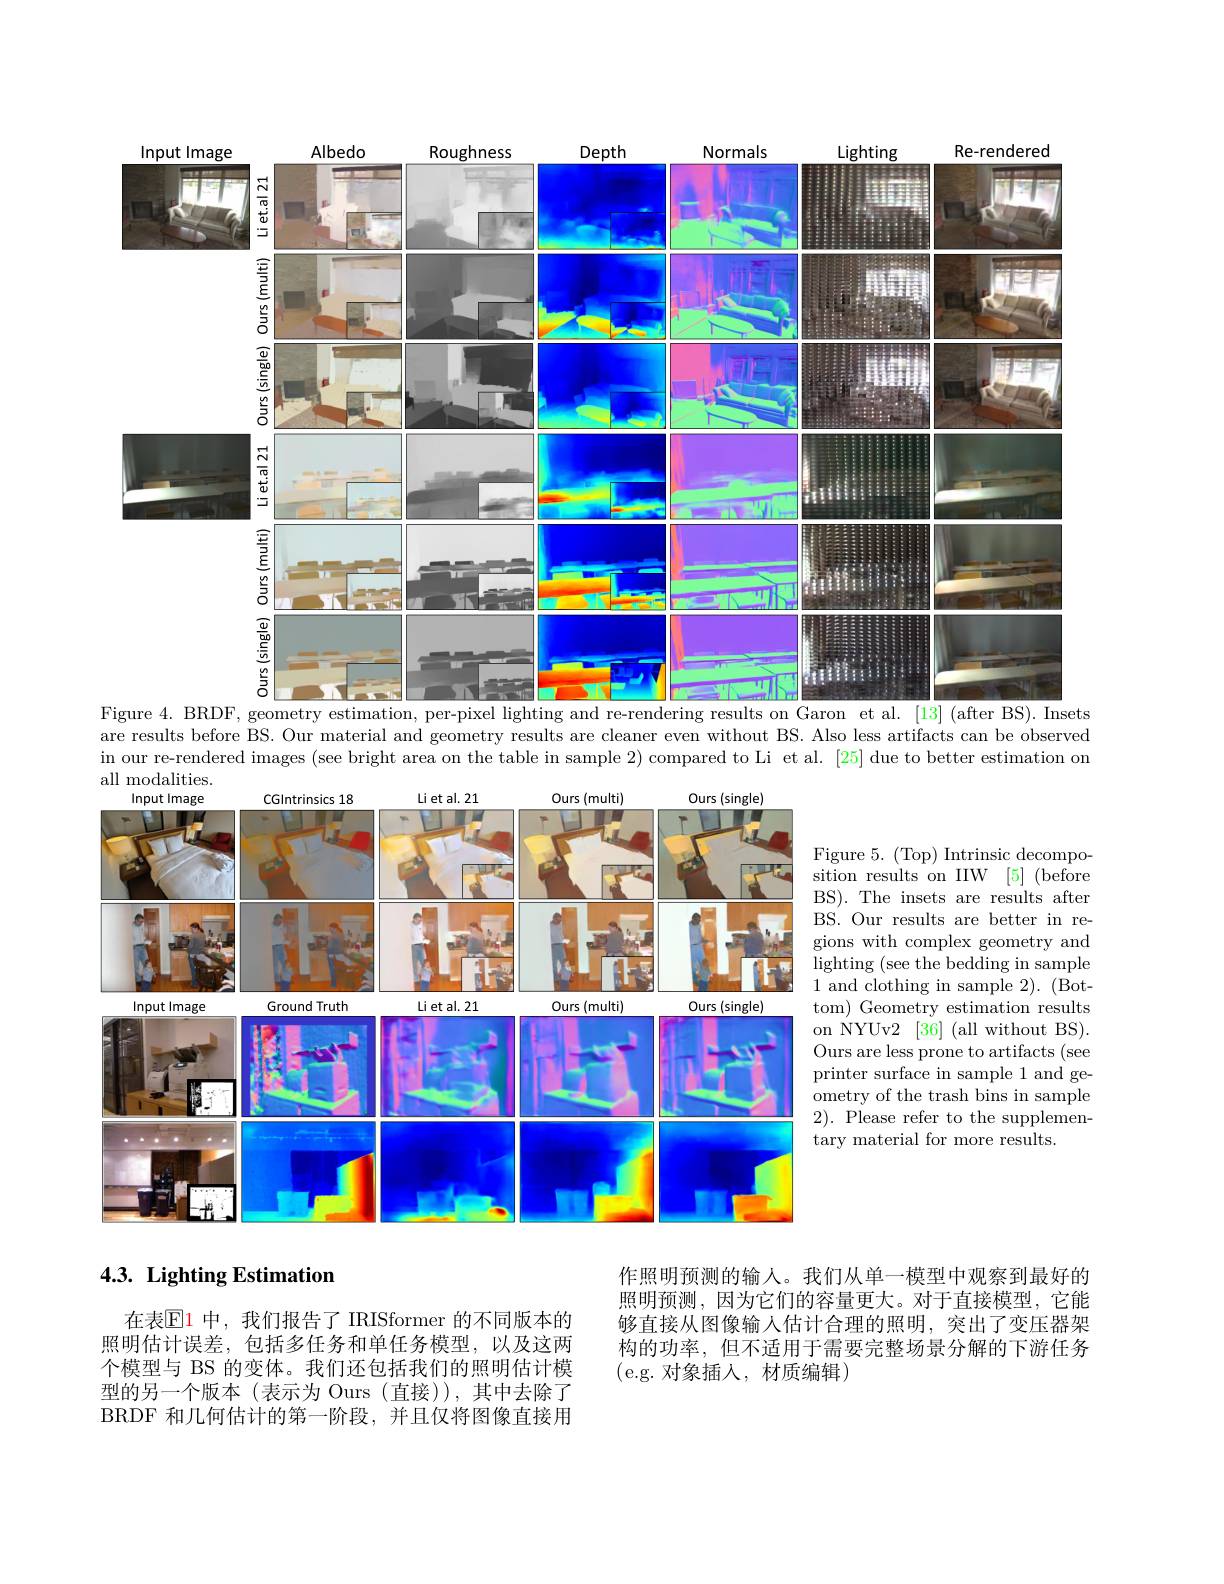
<FigureHere>

are results before BS. Our material and geometry results are cleaner even without BS. Also less artifacts can be observed

in our re-rendered images (see bright area on the table in sample 2) compared to Li et al. [25] due to better estimation on
all modalities.

Figure 5. (Top) Intrinsic decomposition results on IIW [5] (before BS).The insets are results after BS. Our results are better in regions with complex geometry and $\operatorname { lighting}$ ( see the bedding in sample 1 and clothing in sample 2). (Bottom) Geometry estimation results on NYUv2 [36] (all without BS). Ours are less prone to artifacts (see printer surface in sample 1 and ge- ${\text{ometry of the trash bins in sample}}$ 2). Please refer to the supplementary material for more results.

<FigureHere>

## $4. 3. \textbf{ Lighting Estimation}$

作照明预测的输人。我们从单一模型中观察到最好的照明预测，因为它们的容量更大。对于直接模型，它能够直接从图像输入估计合理的照明，突出了变压器架构的功率，但不适用于需要完整场景分解的下游任务(e.g.对象插入，材质编辑)

在表$\mathbb{E}$1 中，我们报告了 IRISformer 的不同版本的照明估计误差，包括多任务和单任务模型，以及这两个模型与 BS 的变体。我们还包括我们的照明估计模型的另一个版本(表示为 Ours(直接)),其中去除了BRDF 和几何估计的第一阶段，并且仅将图像直接用